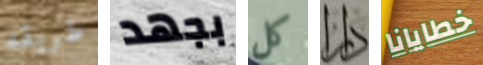
طريقه بجهد كل دار خطايانا